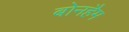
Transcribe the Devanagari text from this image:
बोनहैम